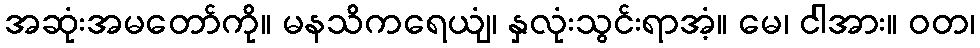
အဆုံးအမတော်ကို။ မနသိကရေယျံ၊ နှလုံးသွင်းရာအံ့။ မေ၊ ငါအား။ ဝတ၊